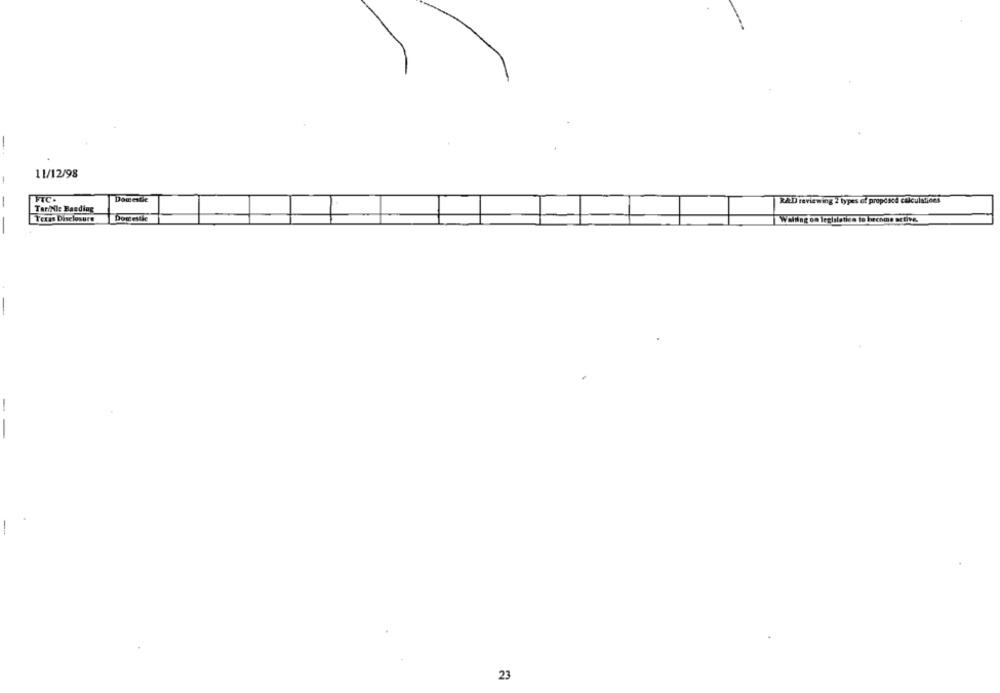
-
11/12/98
FTC.
Domestic
RAD reviewing 2 types of propdacd calculstices
Tarihile Baeding
Texas Disclosure
Dometle
Waiting on legislation to become active.
--
23